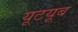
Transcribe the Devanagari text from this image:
यूटयूब